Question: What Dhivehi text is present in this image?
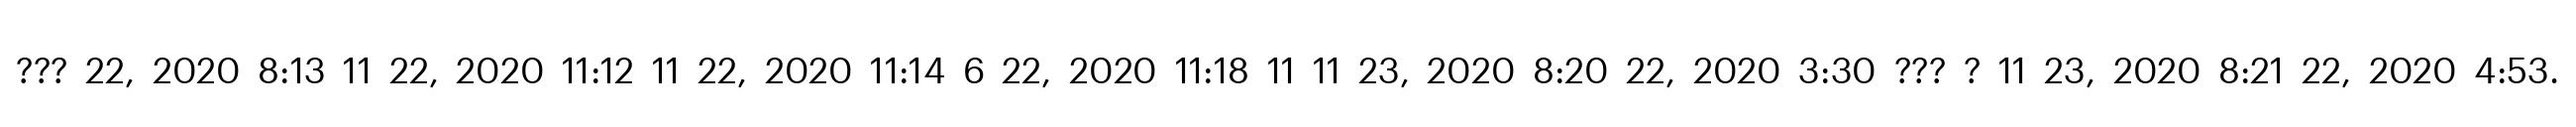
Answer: ??? 22, 2020 8:13 11 22, 2020 11:12 11 22, 2020 11:14 6 22, 2020 11:18 11 11 23, 2020 8:20 22, 2020 3:30 ??? ? 11 23, 2020 8:21 22, 2020 4:53.